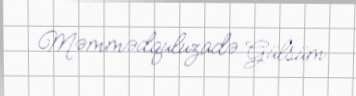
Məmmədquluzadə Gülsüm